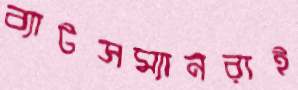
ব্যাটসম্যানরাই